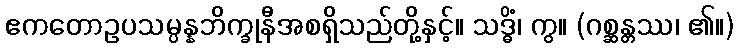
ဧကတောဥပသမ္ပန္နဘိက္ခုနီအစရှိသည်တို့နှင့်။ သဒ္ဓိံ၊ ကွ။ (ဂစ္ဆန္တဿ၊ ၏။)